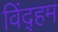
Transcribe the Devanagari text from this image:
विंद्हम